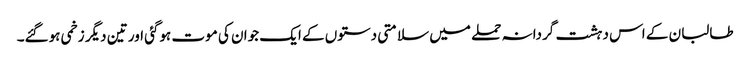
طالبان کے اس دہشت گردانہ حملے میں سلامتی دستوں کے ایک جوان کی موت ہوگئی اور تین دیگر زخمی ہوگئے۔